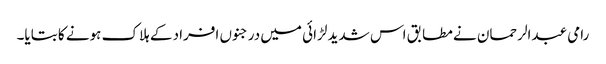
رامی عبدالرحمان نے مطابق اس شدید لڑائی میں درجنوں افراد کے ہلاک ہونے کا بتایا۔